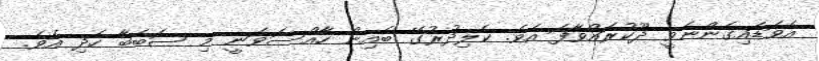
އެވަޑައިގެންނެވީ ދޫކުރައްވާފަ އެވެ. ކެލިދުރުގޭ ބެއިން ހާއްސަވަނީ މި ސަބަބާ ހެދި އެވެ.